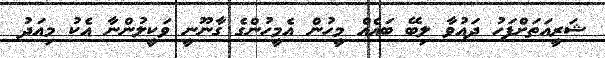
ޝަރީއަތަށްފަހު ދައުވާ ލިބޭ ބައެއް މީހުން އެމީހުންގެ ގާނޫނީ ވަކީލުންނާ އެކު މިއަދު